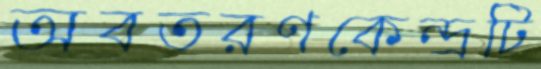
অবতরণকেন্দ্রটি